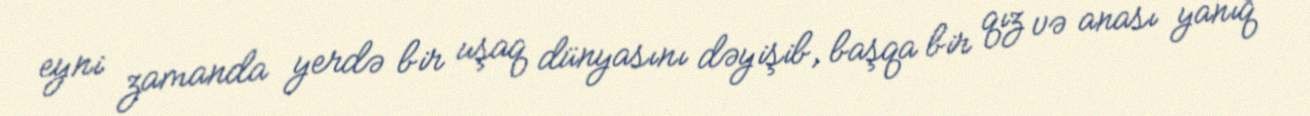
eyni zamanda yerdə bir uşaq dünyasını dəyişib, başqa bir qız və anası yanıq